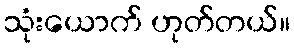
သုံးယောက် ဟုတ်တယ်။